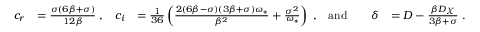
\begin{array} { r l r l r l r l } { c _ { r } } & { = \frac { \sigma ( 6 \beta + \sigma ) } { 1 2 \beta } \; , } & { c _ { i } } & { = \frac { 1 } { 3 6 } \left( \frac { 2 ( 6 \beta - \sigma ) ( 3 \beta + \sigma ) \omega _ { * } } { \beta ^ { 2 } } + \frac { \sigma ^ { 2 } } { \omega _ { * } } \right) \; , } & { \mathrm { a n d } } & { } & { \delta } & { = D - \frac { \beta D \chi } { 3 \beta + \sigma } \; . } \end{array}